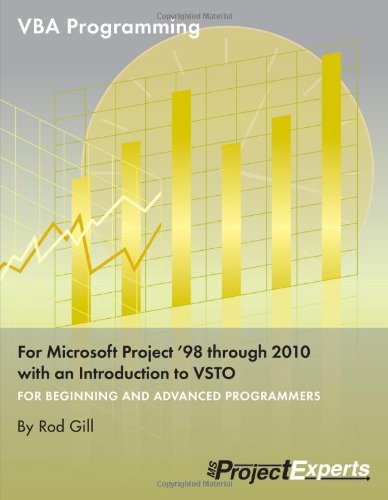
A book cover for VBA Programming for Microsoft Project '98 through 2010 with an Introduction to VSTO; Rod Gill; Computers & Technology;